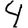
Digit: 4